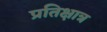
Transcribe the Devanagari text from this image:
प्रतिक्षात्र